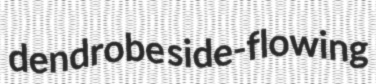
dendrobe side-flowing